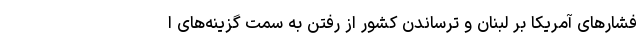
فشارهای آمریکا بر لبنان و ترساندن کشور از رفتن به سمت گزینه‌های ا